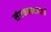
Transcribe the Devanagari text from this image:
संरचनावादाचे